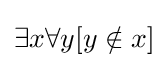
\exists x\forall y[y\notin x]